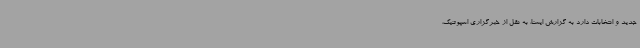
جدید و انتخابات دارد به گزارش ایسنا، به نقل از خبرگزاری اسپوتنیک،